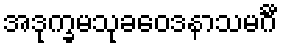
အဒုက္ခမသုခဝေဒနာသမင်္ဂီ